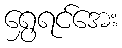
ရွှေရင်အေး